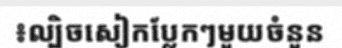
៖ល្បិចសៀកប្លែកៗមួយចំនួន